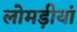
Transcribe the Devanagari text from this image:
लोमड़ीयां